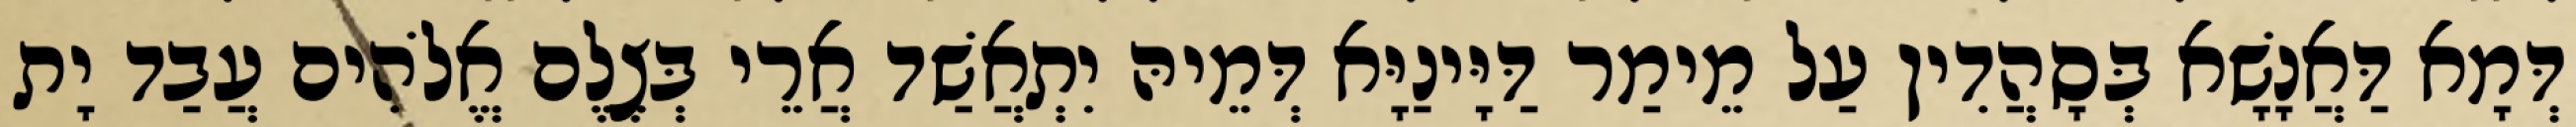
דְּמָא דַּאֲנָשָׁא בְּסָהֲדִין עַל מֵימַר דַּיָּינַיָּא דְּמֵיהּ יִתְאֲשַׁד אֲרֵי בְּצֶלֶם אֱלֹהִים עֲבַד יָת